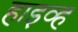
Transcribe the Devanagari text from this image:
हाइव्ह